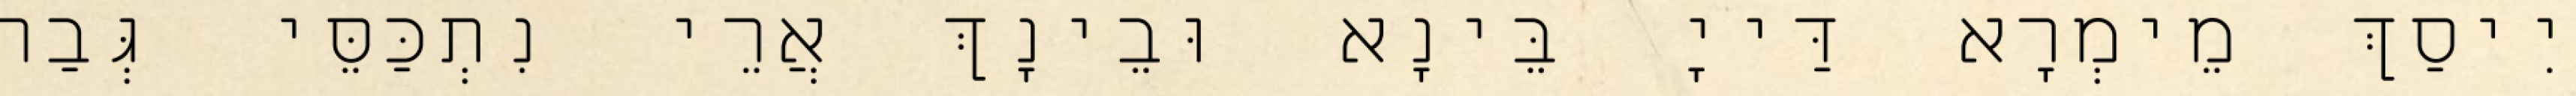
יִיסַךְ מֵימְרָא דַּייָ בֵּינָא וּבֵינָךְ אֲרֵי נִתְכַּסֵּי גְּבַר